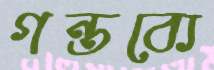
গন্তব্যে